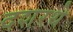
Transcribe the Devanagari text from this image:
दशरथे